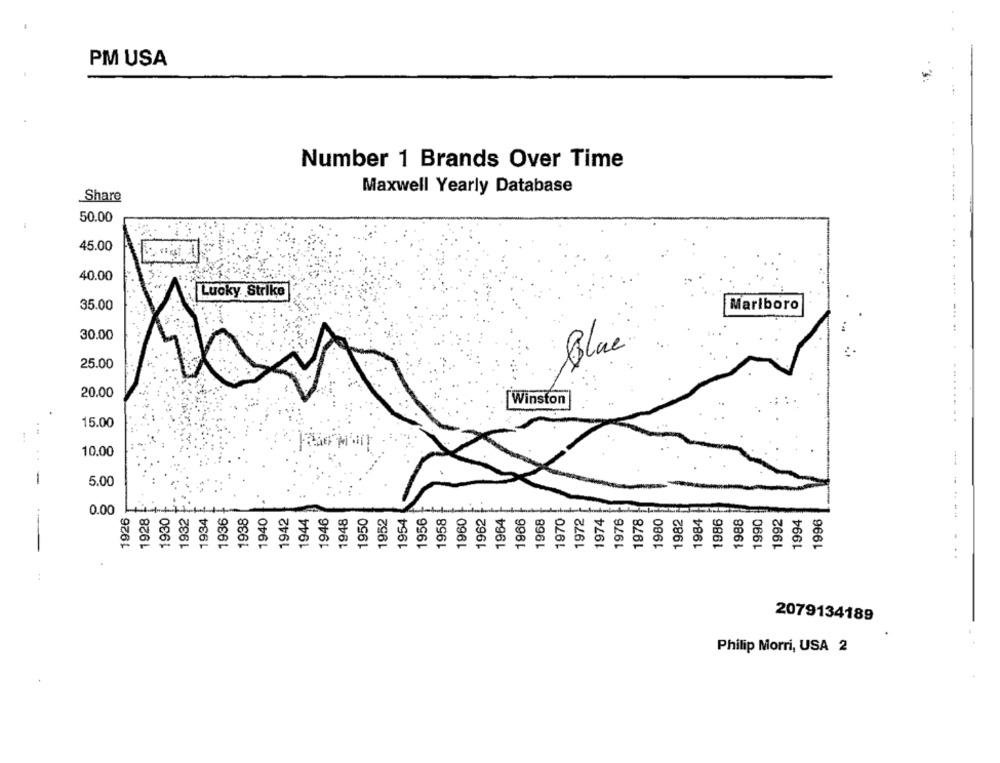
PM USA
Number 1 Brands Over Time
Maxwell Yearly Database
Share
50.00
45.00
40.00
Lucky Strike
35.00
Marlboro
30.00
Blue
25.00
20.00
Winston
15.00
10.00
-
5.00
-- -
0.00
1928
1930
1932
1934
1936
1938
1940
1942
1946
1948
1950
1954
1960
1962
1964
1966
1968
1970
1972
1974
1976
1978
1980
1984
1986
1990
1996
1944
1952
1956
1958
1982
1988
1992
1994
2079134189
Philip Morri, USA 2